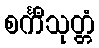
စင်္ကီသုတ္တံ